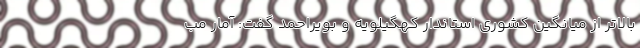
بالاتر از میانگین کشوری استاندار کهگیلویه و بویراحمد گفت: آمار مب